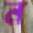
ন